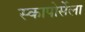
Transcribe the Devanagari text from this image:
स्कापोर्सेला